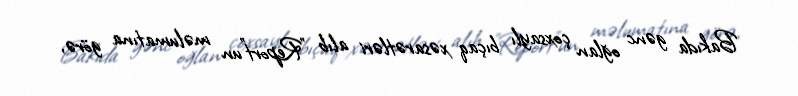
Bakıda gənc oğlan çoxsaylı bıçaq xəsarətləri alıb "Report"un məlumatına görə,